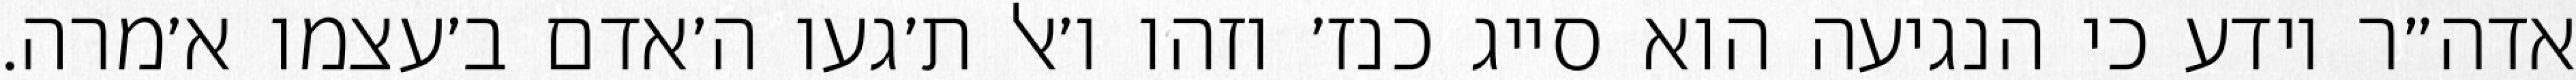
אדה״ר יודע כי הנגיעה הוא סייג כנז׳ וזהו ו׳אל ת׳געו ה׳אדם ב׳עצמו א׳מרה.